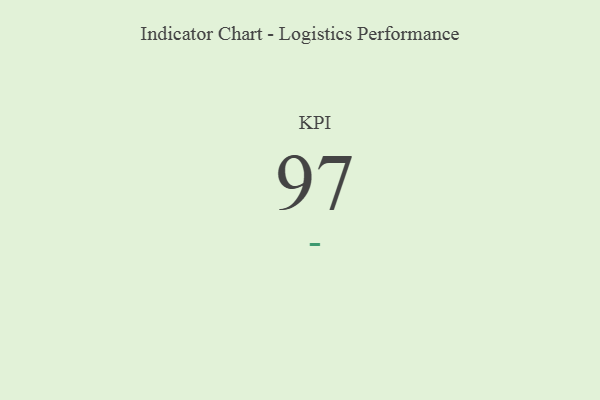
{"axis": {"x": "KPI", "y": "Value"}, "legend": [""], "data": [{"x": "KPI", "y": 97, "type": ""}]}